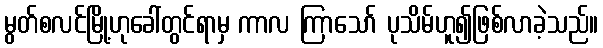
မွတ်စလင်မြို့ဟုခေါ်တွင်ရာမှ ကာလ ကြာသော် ပုသိမ်ဟူ၍ဖြစ်လာခဲ့သည်။